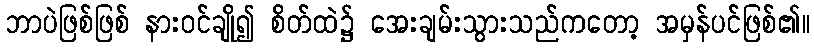
ဘာပဲဖြစ်ဖြစ် နားဝင်ချို၍ စိတ်ထဲ၌ အေးချမ်းသွားသည်ကတော့ အမှန်ပင်ဖြစ်၏။